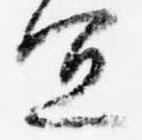
宜